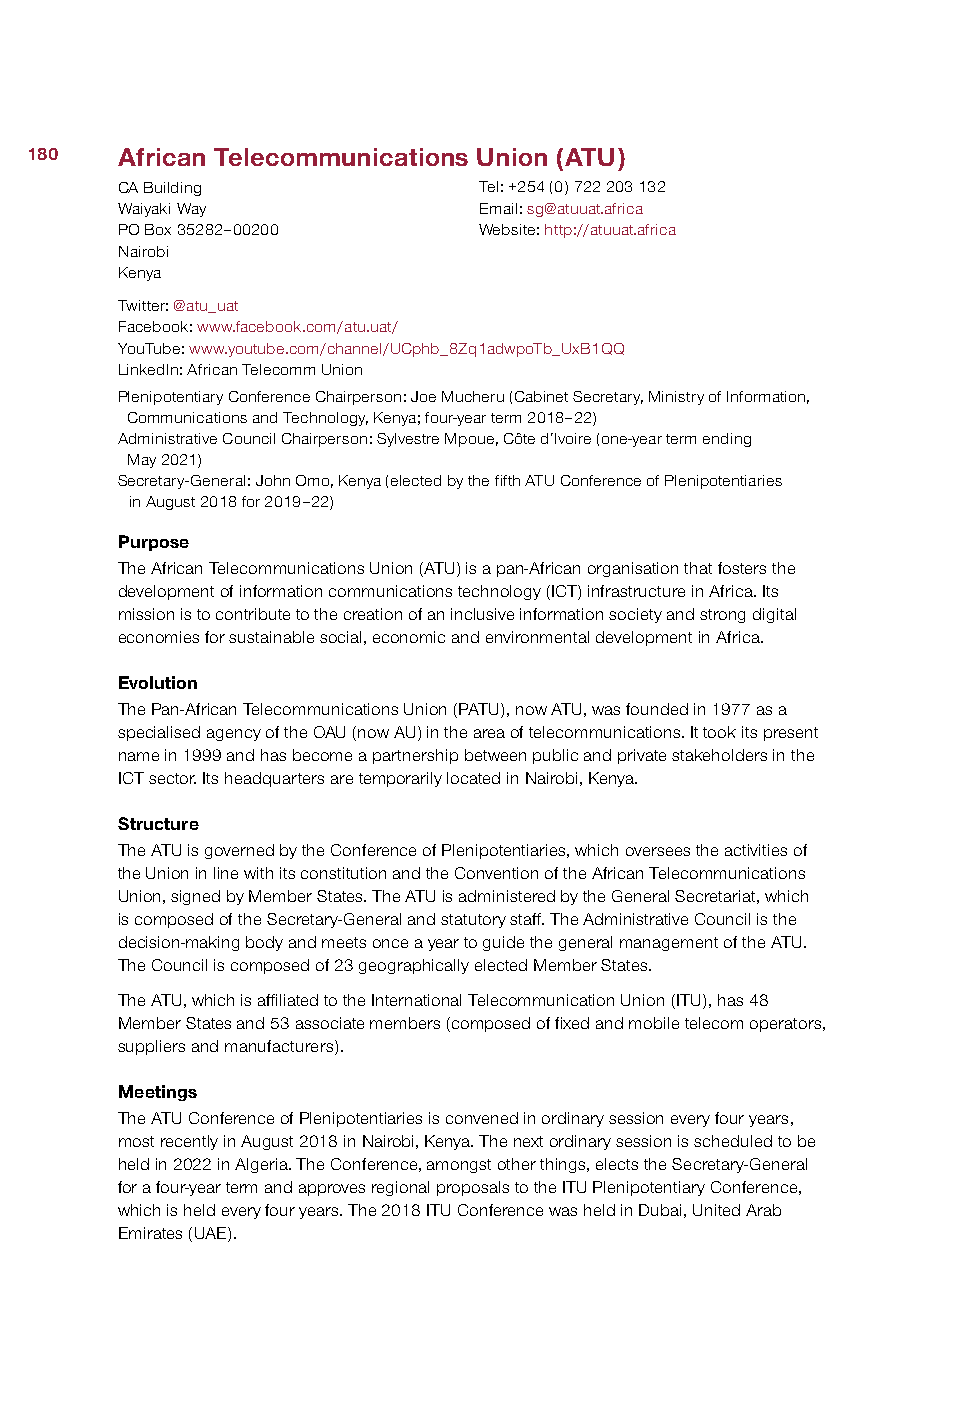
180   African Telecommunications Union (ATU)
 CA Building             Tel: +254 (0) 722 203 132
 Waiyaki Way             Email: sg@atuuat.africa
 PO Box 35282–00200      Website: http://atuuat.africa
 Nairobi
 Kenya
 Twitter: @atu_uat
 Facebook: www.facebook.com/atu.uat/
 YouTube: www.youtube.com/channel/UCphb_8Zq1adwpoTb_UxB1QQ
 LinkedIn: African Telecomm Union
 Plenipotentiary Conference Chairperson: Joe Mucheru (Cabinet Secretary, Ministry of Information,
 Communications and Technology, Kenya; four-year term 2018–22)
 Administrative Council Chairperson: Sylvestre Mpoue, Côte d’Ivoire (one-year term ending
 May 2021)
 Secretary-General: John Omo, Kenya (elected by the fifth ATU Conference of Plenipotentiaries
 in August 2018 for 2019–22)
 Purpose
 The African Telecommunications Union (ATU) is a pan-African organisation that fosters the
 development of information communications technology (ICT) infrastructure in Africa. Its
 mission is to contribute to the creation of an inclusive information society and strong digital
 economies for sustainable social, economic and environmental development in Africa.
 Evolution
 The Pan-African Telecommunications Union (PATU), now ATU, was founded in 1977 as a
 specialised agency of the OAU (now AU) in the area of telecommunications. It took its present
 name in 1999 and has become a partnership between public and private stakeholders in the
 ICT sector. Its headquarters are temporarily located in Nairobi, Kenya.
 Structure
 The ATU is governed by the Conference of Plenipotentiaries, which oversees the activities of
 the Union in line with its constitution and the Convention of the African Telecommunications
 Union, signed by Member States. The ATU is administered by the General Secretariat, which
 is composed of the Secretary-General and statutory staff. The Administrative Council is the
 decision-making body and meets once a year to guide the general management of the ATU.
 The Council is composed of 23 geographically elected Member States.
 The ATU, which is affiliated to the International Telecommunication Union (ITU), has 48
 Member States and 53 associate members (composed of fixed and mobile telecom operators,
 suppliers and manufacturers).
 Meetings
 The ATU Conference of Plenipotentiaries is convened in ordinary session every four years,
 most recently in August 2018 in Nairobi, Kenya. The next ordinary session is scheduled to be
 held in 2022 in Algeria. The Conference, amongst other things, elects the Secretary-General
 for a four-year term and approves regional proposals to the ITU Plenipotentiary Conference,
 which is held every four years. The 2018 ITU Conference was held in Dubai, United Arab
 Emirates (UAE).